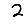
Digit: 2